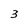
Character: 3